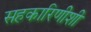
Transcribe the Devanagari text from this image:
सहकारिणीशी